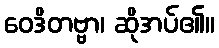
ဝေဒိတဗ္ဗာ၊ ဆိုအပ်၏။